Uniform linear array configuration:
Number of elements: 24
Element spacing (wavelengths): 0.5
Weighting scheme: binomial
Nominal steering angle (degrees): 0
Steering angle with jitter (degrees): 1.887
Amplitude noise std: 0.05
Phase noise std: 0.05

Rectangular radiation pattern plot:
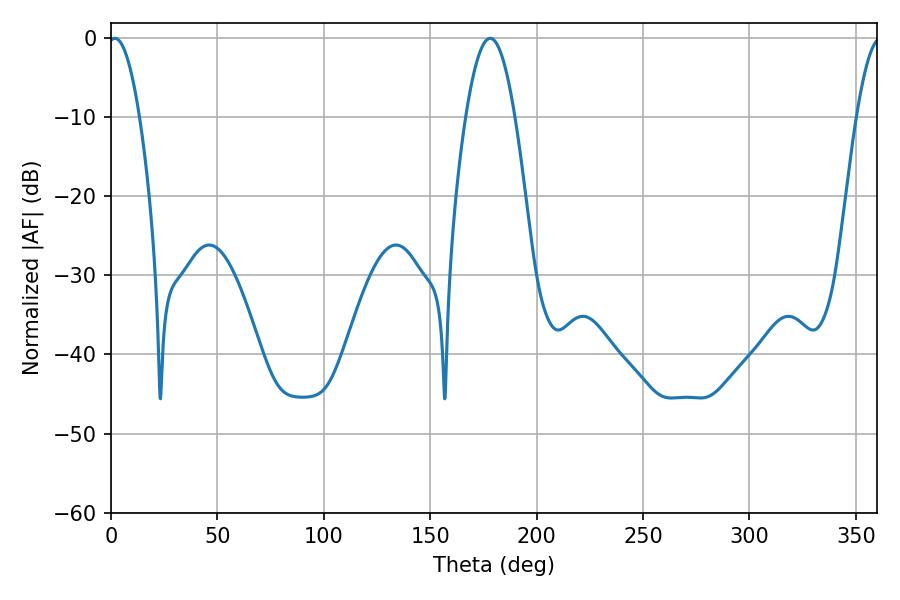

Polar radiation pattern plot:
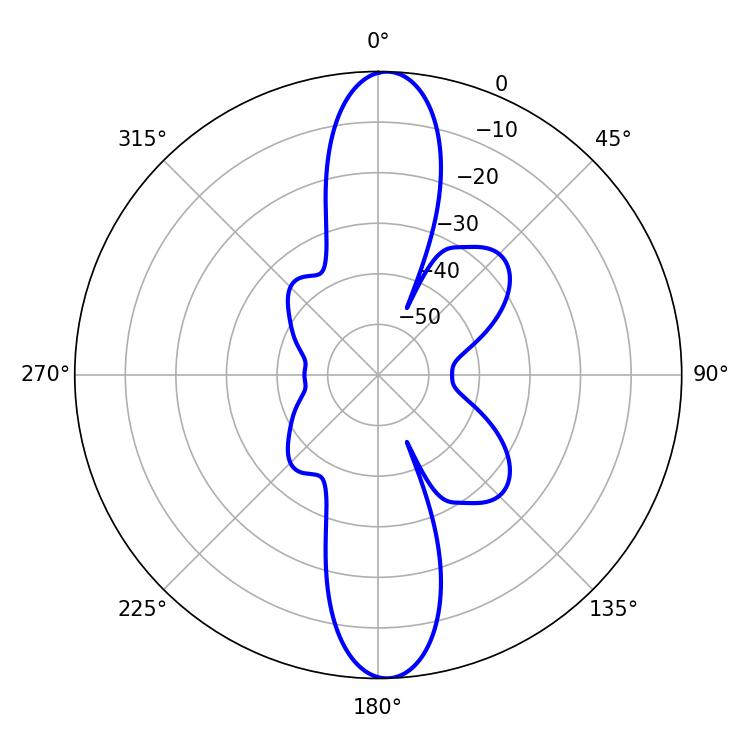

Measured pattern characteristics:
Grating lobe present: FALSE
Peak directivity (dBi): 21.008
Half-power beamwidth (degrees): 8.1
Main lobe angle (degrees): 1.8